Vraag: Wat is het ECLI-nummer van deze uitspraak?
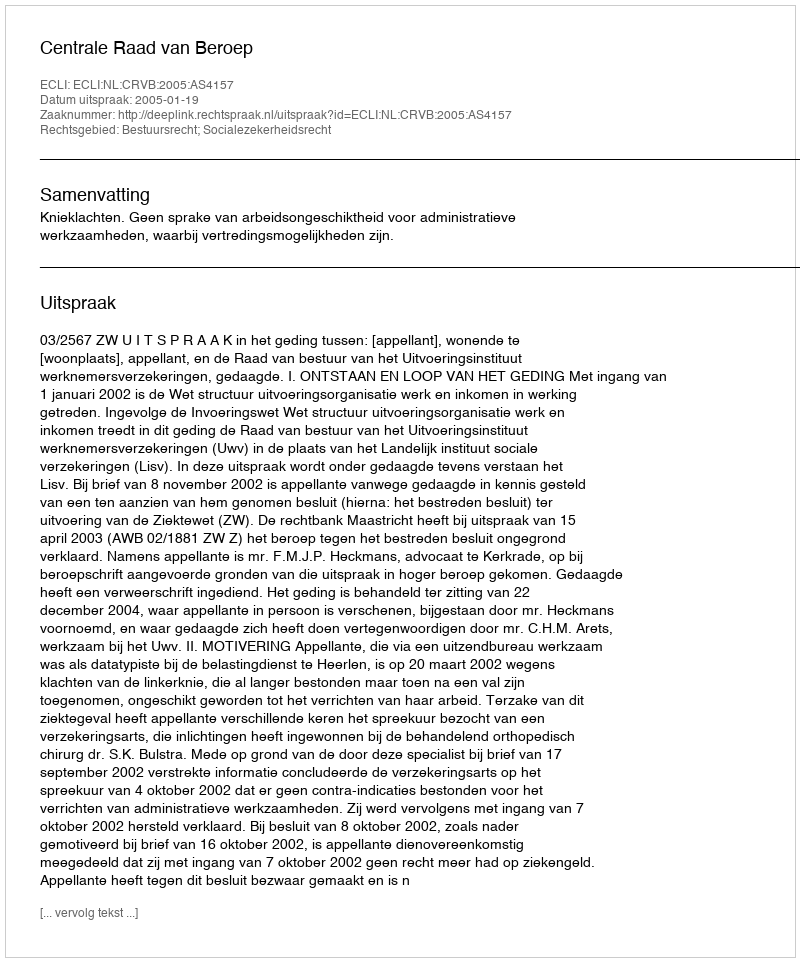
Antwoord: ECLI:NL:CRVB:2005:AS4157